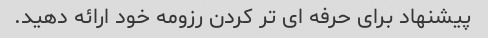
پیشنهاد برای حرفه ای تر کردن رزومه خود ارائه دهید.